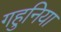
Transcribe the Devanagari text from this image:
गहुनिया